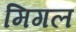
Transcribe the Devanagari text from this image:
मिगल